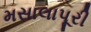
મસાલાપૂરી